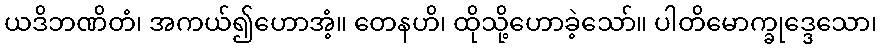
ယဒိဘဏိတံ၊ အကယ်၍ဟောအံ့။ တေနဟိ၊ ထိုသို့ဟောခဲ့သော်။ ပါတိမောက္ခုဒ္ဒေသော၊